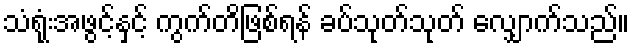
သံရုံးအဖွင့်နှင့် ကွက်တိဖြစ်ရန် ခပ်သုတ်သုတ် လျှောက်သည်။